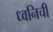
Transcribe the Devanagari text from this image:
ध्वनिची